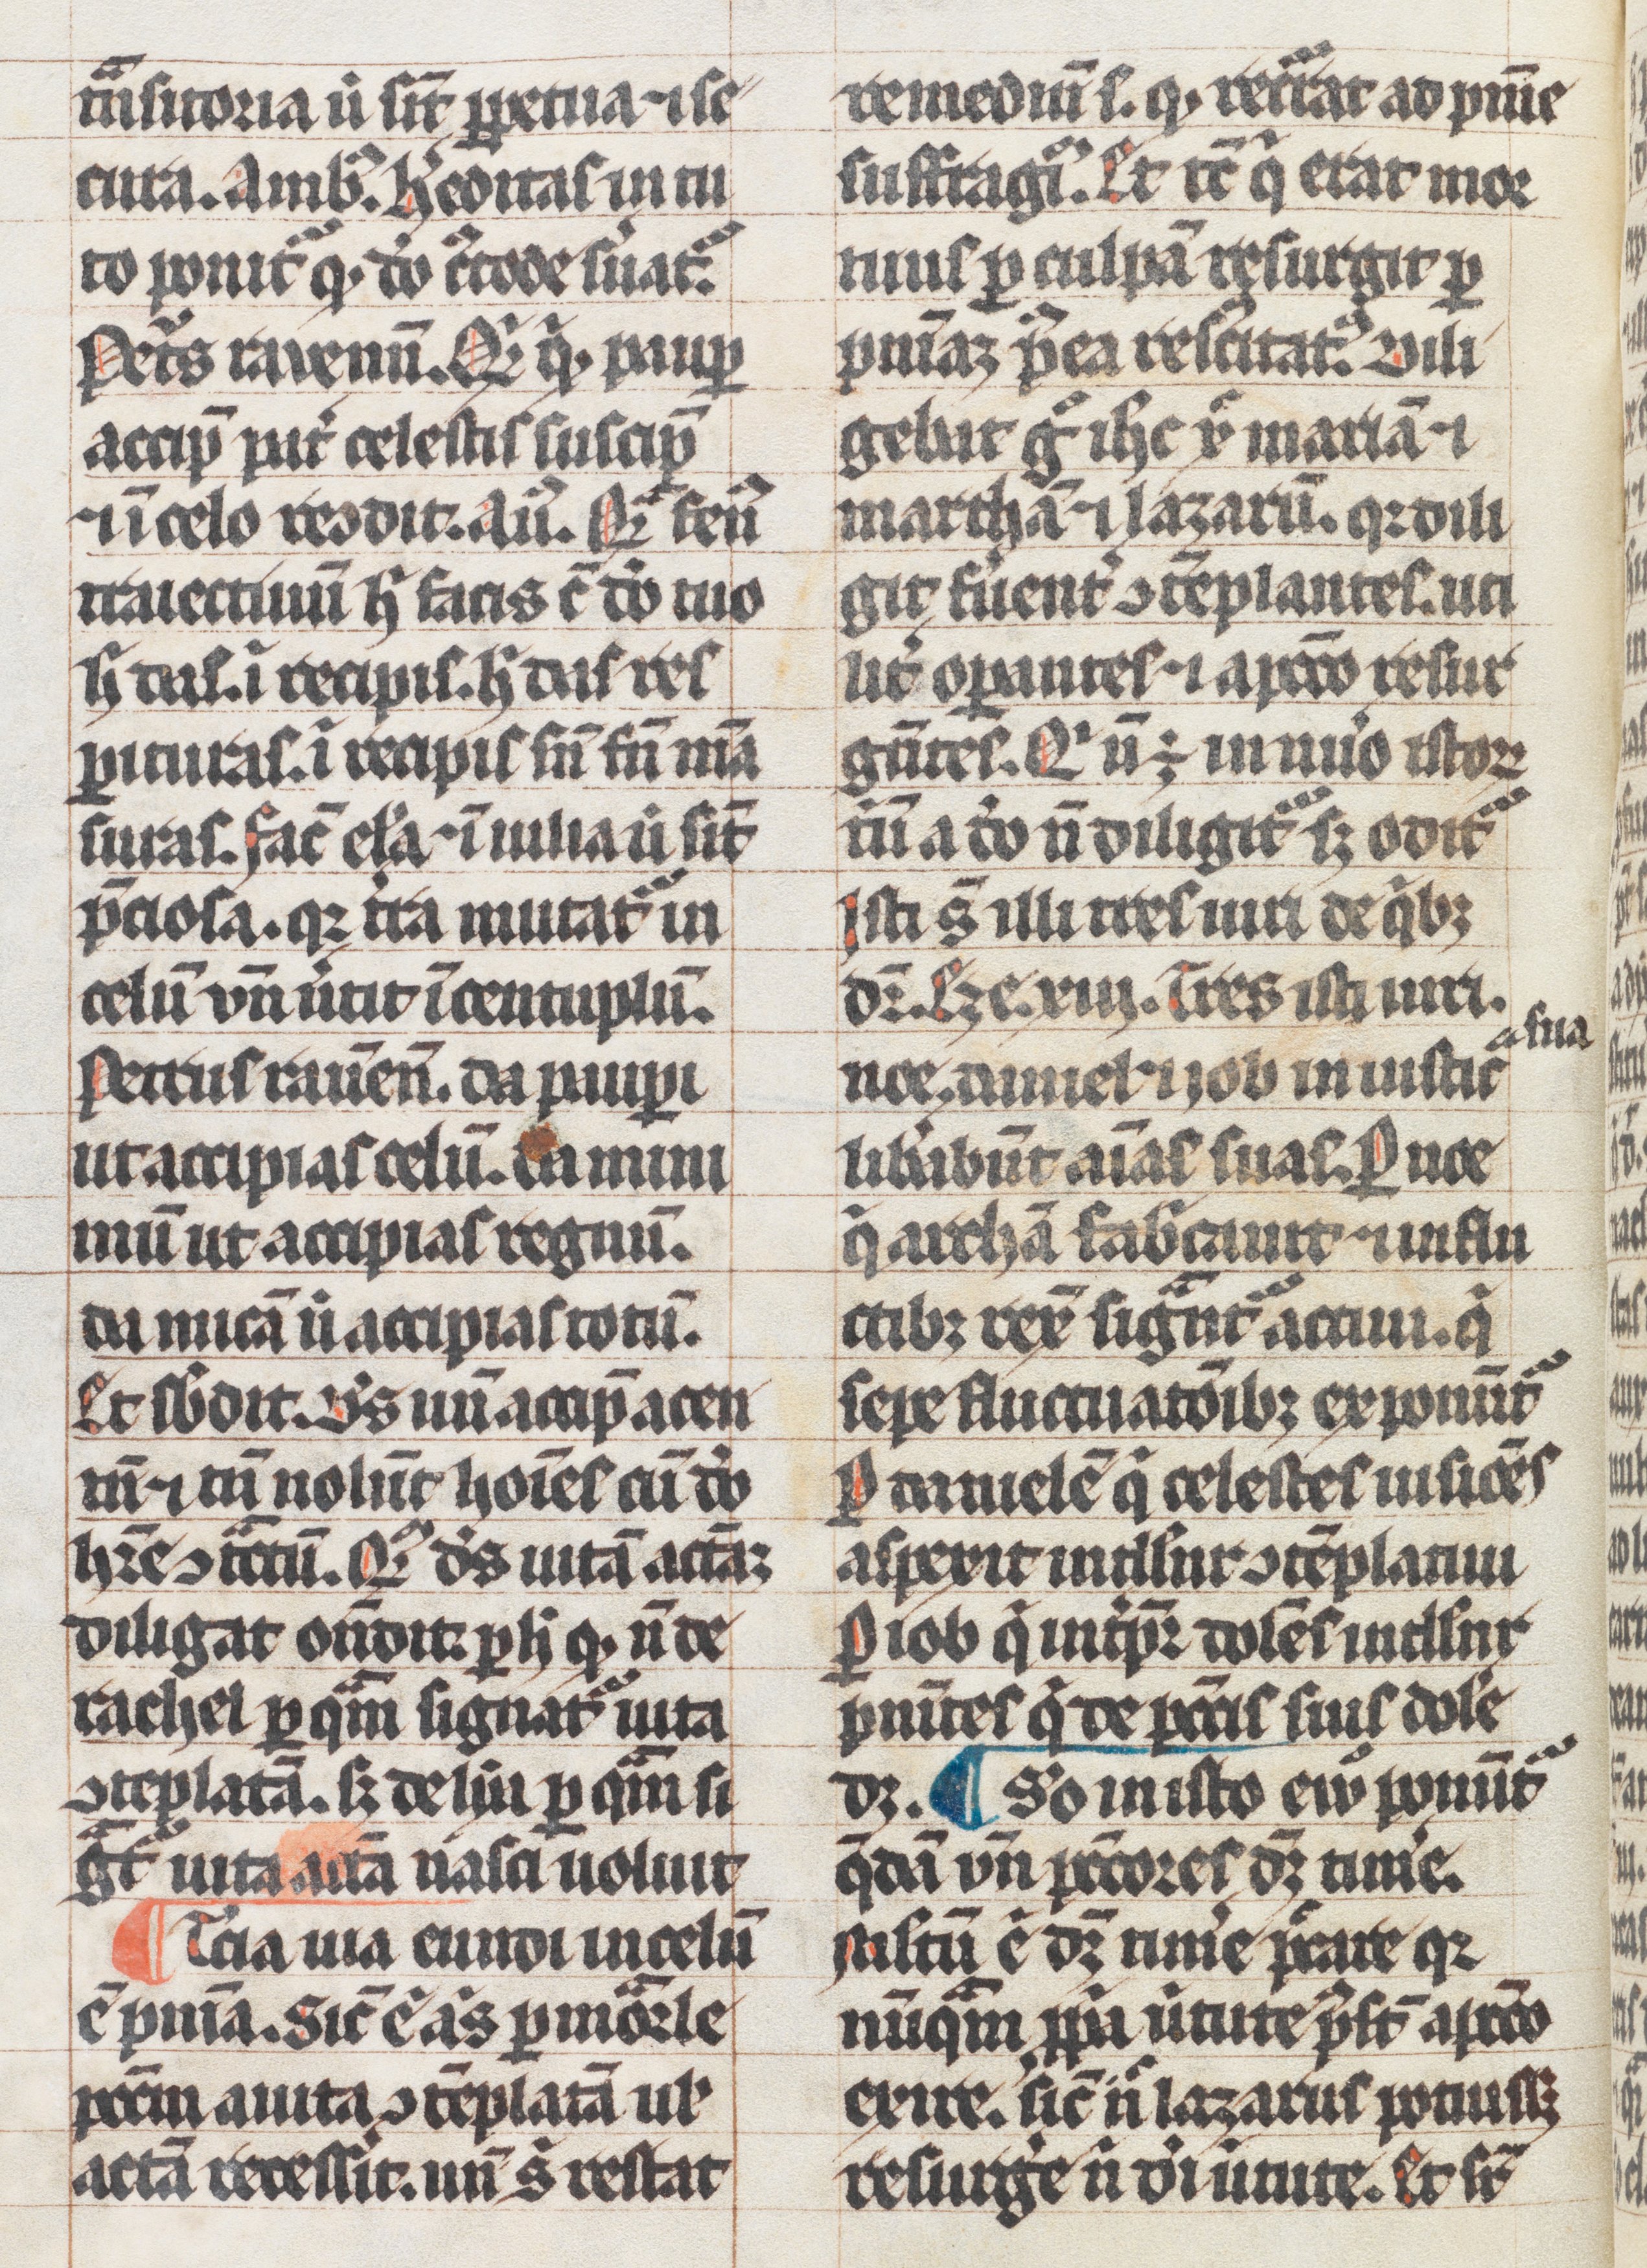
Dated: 1300–1399